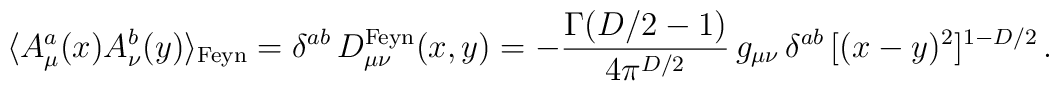
\langle A_\mu^a(x) A_\nu^b(y) \rangle_{\mbox{\scriptsize Feyn}} = \delta^{ab}\, D_{\mu\nu}^{\mbox{\scriptsize Feyn}}(x,y)= -{\Gamma(D/2-1) \over 4\pi^{D/2}}\,g_{\mu\nu} \,\delta^{ab}\, [(x-y)^2]^{1-D/2}  \,.